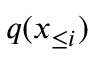
q ( \boldsymbol { x } _ { \le i } )